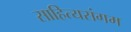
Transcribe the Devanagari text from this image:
साहित्यसंगम